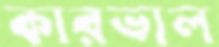
কারভাল